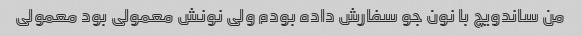
من ساندویچ با نون جو سفارش داده بودم ولی نونش معمولی بود معمولی